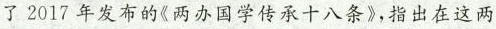
了 2017 年发布的《两办国学传承十八条》,指出在这两